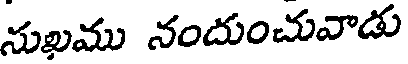
నుఖము నందుంచువాడు